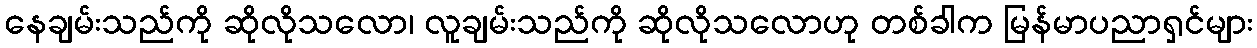
နေချမ်းသည်ကို ဆိုလိုသလော၊ လူချမ်းသည်ကို ဆိုလိုသလောဟု တစ်ခါက မြန်မာပညာရှင်များ